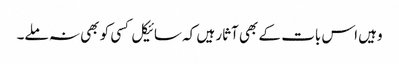
وہیں اس بات کے بھی آثار ہیں کہ سائیکل کسی کو بھی نہ ملے۔